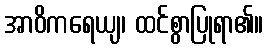
အာဝိကရေယျ၊ ထင်စွာပြုရာ၏။